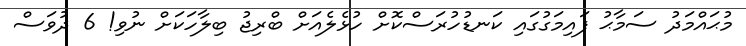
މުޙައްމަދު ސަމާޙު ފައިމަގުގައި ކަނޑުހުރަސްކޮށް ހުޅެލެއަށް ބްރިޖު ބިލާހަކަށް ނުވި! 6 ދުވަސް